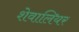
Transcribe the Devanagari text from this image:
शेवालियर